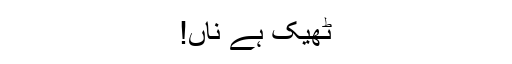
ٹھیک ہے ناں!